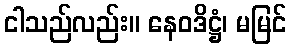
ငါသည်လည်း။ နေဝဒိဋ္ဌံ၊ မမြင်